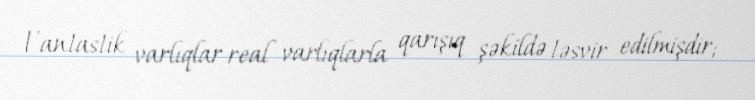
Fantastik varlıqlar real varlıqlarla qarışıq şəkildə təsvir edilmişdir;